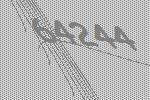
64244